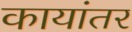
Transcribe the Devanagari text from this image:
कायांतर